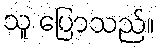
သူ ပြောသည်။